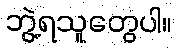
ဘွဲ့ရသူတွေပါ။